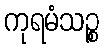
ကုရမံသဉ္စ